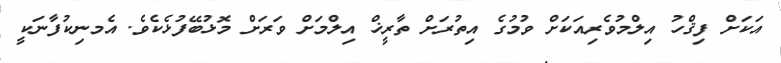
އަކަށް ފިޤްހު އިލްމުވެރިއަކަށް ވުމުގެ އިތުރަށް ތާރީޚް އިލްމަށް ވަރަށް މޮޅުބޭފުޅެކެވެ. އެމނިކުފާނަކީ